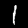
Digit: 1